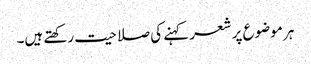
ہر موضوع پر شعر کہنے کی صلاحیت رکھتے ہیں۔